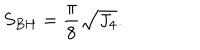
S _ { B H } = { \frac { \pi } { 8 } } \sqrt { J _ { 4 } } .